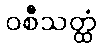
ဝစီသတ္ထံ